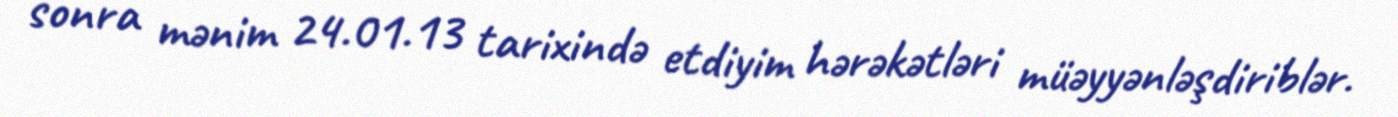
sonra mənim 24.01.13 tarixində etdiyim hərəkətləri müəyyənləşdiriblər.